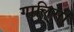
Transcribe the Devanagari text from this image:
गालिसी